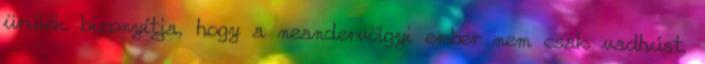
ürülék bizonyítja, hogy a neandervölgyi ember nem csak vadhúst,